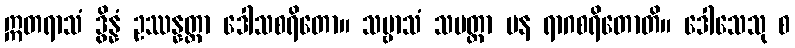
ဣတရာသံ ဒွိန္နံ ဥဿန္နတ္တာ ဒေါသစရိတော။ သဗ္ဗာသံ သမတ္တာ ပန ရာဂစရိတောတိ။ ဒေါသေသု စ